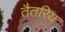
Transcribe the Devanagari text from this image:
तैतरिय